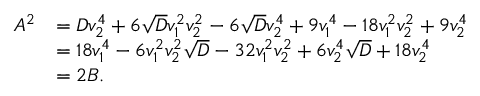
\begin{array} { r l } { A ^ { 2 } } & { = D v _ { 2 } ^ { 4 } + 6 \sqrt { D } v _ { 1 } ^ { 2 } v _ { 2 } ^ { 2 } - 6 \sqrt { D } v _ { 2 } ^ { 4 } + 9 v _ { 1 } ^ { 4 } - 1 8 v _ { 1 } ^ { 2 } v _ { 2 } ^ { 2 } + 9 v _ { 2 } ^ { 4 } } \\ & { = 1 8 v _ { 1 } ^ { 4 } - 6 v _ { 1 } ^ { 2 } v _ { 2 } ^ { 2 } \sqrt { D } - 3 2 v _ { 1 } ^ { 2 } v _ { 2 } ^ { 2 } + 6 v _ { 2 } ^ { 4 } \sqrt { D } + 1 8 v _ { 2 } ^ { 4 } } \\ & { = 2 B . } \end{array}